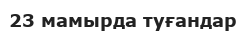
23 мамырда туғандар